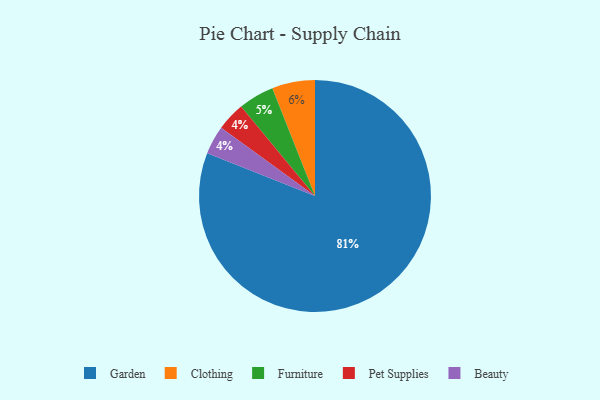
{"axis": {"x": "Category", "y": "Percentage"}, "legend": ["Beauty", "Clothing", "Furniture", "Garden", "Pet Supplies"], "data": [{"x": "Pet Supplies", "y": 4, "type": "Pet Supplies"}, {"x": "Garden", "y": 81, "type": "Garden"}, {"x": "Furniture", "y": 5, "type": "Furniture"}, {"x": "Clothing", "y": 6, "type": "Clothing"}, {"x": "Beauty", "y": 4, "type": "Beauty"}]}